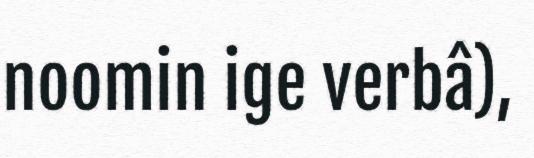
noomin ige verbâ),